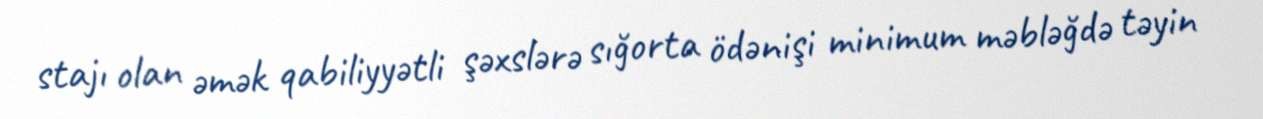
stajı olan əmək qabiliyyətli şəxslərə sığorta ödənişi minimum məbləğdə təyin